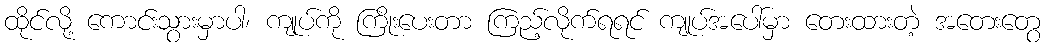
ထိုင်လို့ ကောင်းသွားမှာပါ၊ ကျုပ်ကို ကြိုးပေးတာ ကြည့်လိုက်ရရင် ကျုပ်အပေါ်မှာ တေးထားတဲ့ အတေးတွေ